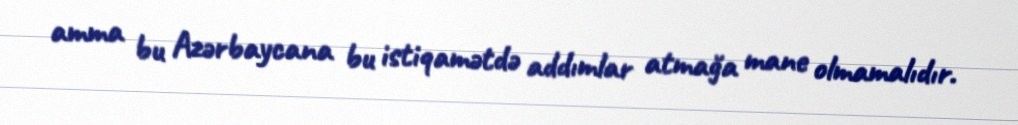
amma bu Azərbaycana bu istiqamətdə addımlar atmağa mane olmamalıdır.